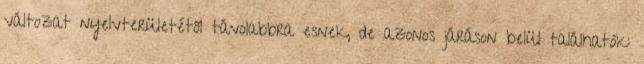
változat nyelvterületétől távolabbra esnek, de azonos járáson belül találhatók: